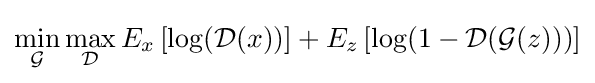
\min _{\mathcal {G}}\max _{\mathcal {D}}E_{x}\left[\log({\mathcal {D}}(x))\right]+E_{z}\left[\log(1-{\mathcal {D}}({\mathcal {G}}(z)))\right]